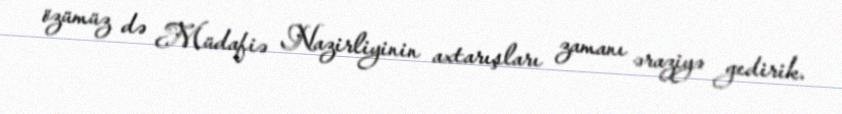
özümüz də Müdafiə Nazirliyinin axtarışları zamanı əraziyə gedirik.